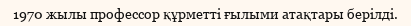
1970 жылы профессор құрметті ғылыми атақтары берілді.